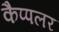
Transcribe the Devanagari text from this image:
कैप्पलर